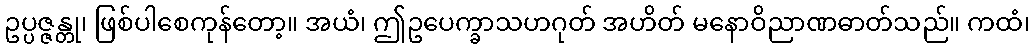
ဥပ္ပဇ္ဇန္တု၊ ဖြစ်ပါစေကုန်တော့။ အယံ၊ ဤဥပေက္ခာသဟဂုတ် အဟိတ် မနောဝိညာဏဓာတ်သည်။ ကထံ၊